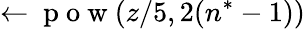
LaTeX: \leftarrow\mathrm{~p~o~w~}(z/5,2(n^{*}-1))